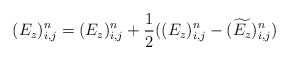
\begin{align*} ({E_z})^{n}_{i,j} = ({E_z})^{n}_{i,j} + \frac{1}{2}(({E_z})^{n}_{i,j} - (\widetilde{E_z})^{n}_{i,j})\end{align*}